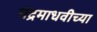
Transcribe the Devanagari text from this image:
चंद्रमाधवीच्या